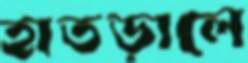
হাতড়ালে